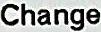
CHANGE